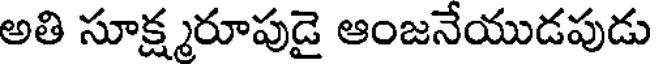
అతి సూక్ష్మరూపుడై ఆంజనేయుడపుడు